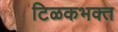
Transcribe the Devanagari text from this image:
टिळकभक्त